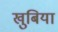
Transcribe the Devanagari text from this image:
खुबिया